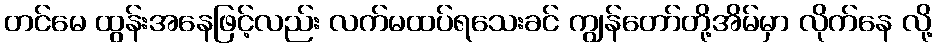
တင်မေ ထွန်းအနေဖြင့်လည်း လက်မထပ်ရသေးခင် ကျွန်တော်တို့အိမ်မှာ လိုက်နေ လို့